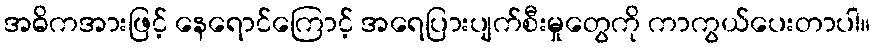
အဓိကအားဖြင့် နေရောင်ကြောင့် အရေပြားပျက်စီးမှုတွေကို ကာကွယ်ပေးတာပါ။